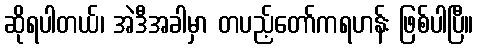
ဆိုရပါတယ်၊ အဲဒီအခါမှာ တပည့်တော်ကရဟန်း ဖြစ်ပါပြီ။